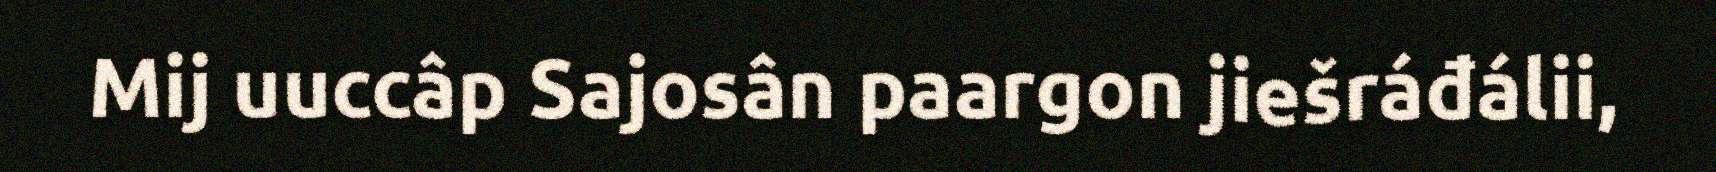
Mij uuccâp Sajosân paargon jiešráđálii,